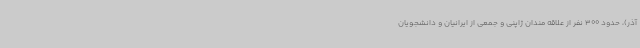
آذر)، حدود 300 نفر از علاقه مندان ژاپنی و جمعی از ایرانیان و دانشجویان